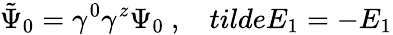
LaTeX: \tilde{\Psi}_{0}=\gamma^{0}\gamma^{z}\Psi_{0}\ ,\ \ \ \, tilde{E_{1}}=-E_{1}